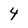
Character: 4